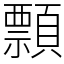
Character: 顠